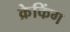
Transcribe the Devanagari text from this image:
क्रेकिंग